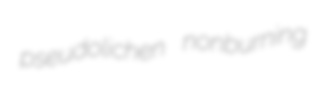
pseudolichen nonburning